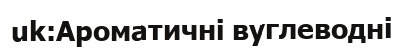
uk:Ароматичні вуглеводні